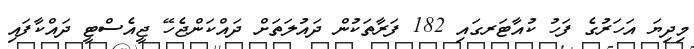
މިދިޔަ އަހަރުގެ ފަހު ކުއާޓަރގައި 182 ފަރާތަކުން ދައުލަތަށް ދައްކަންޖެހޭ ޖީއެސްޓީ ދައްކާފައި